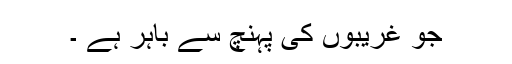
جو غریبوں کی پہنچ سے باہر ہے ۔